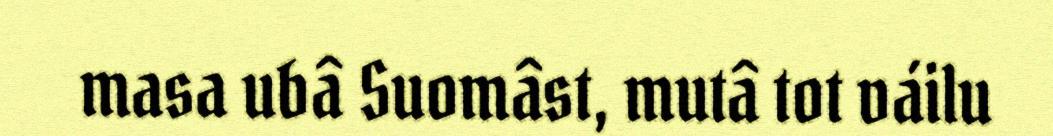
masa ubâ Suomâst, mutâ tot váilu